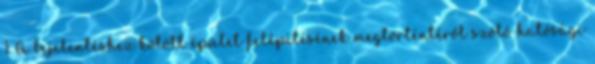
1 A bejelentéshez kötött épület felépítésének megtörténtéről szóló hatósági